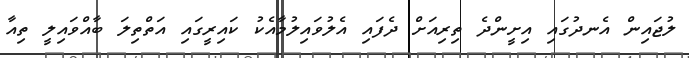
ލުޖައިން އެނދުގައި އިށީންދެ ތިރިއަށް ދެފައި އެލުވައިލުމާއެކު ކައިރީގައި އަތްތިލަ ބާއްވައިލީ ތިއާ